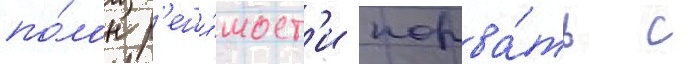
по́лон р'еши́мост'и порва́ть с